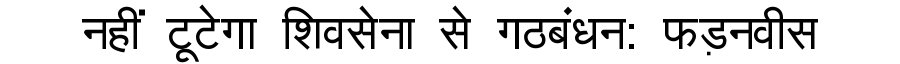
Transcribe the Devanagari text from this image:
नहीं टूटेगा शिवसेना से गठबंधन: फड़नवीस